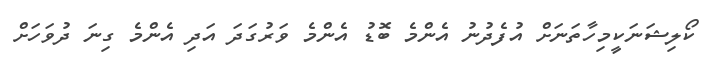
ކޯލިޝަނަކީމިހާތަނަށް އުފެދުނު އެންމެ ބޮޑު އެންމެ ވަރުގަދަ އަދި އެންމެ ގިނަ ދުވަހަށް